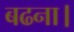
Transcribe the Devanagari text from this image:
बढना।